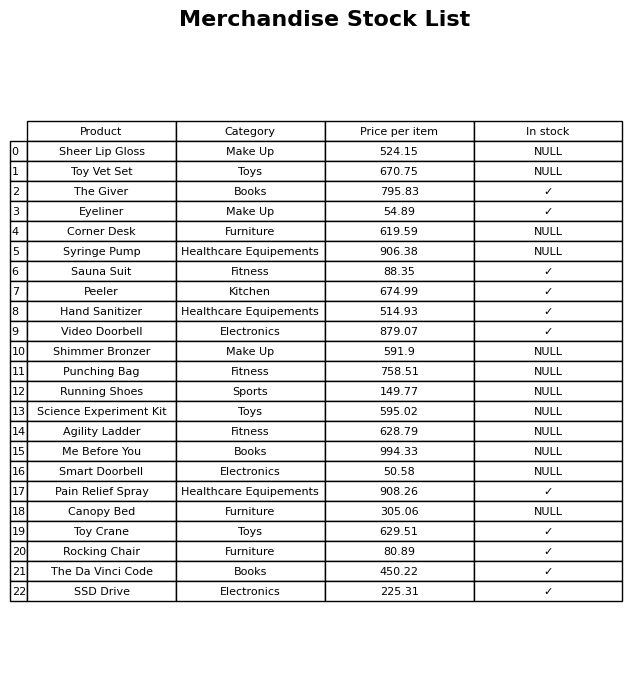
question: What is the price for Pain Relief Spray?
answer: The price of Pain Relief Spray is 908.26.